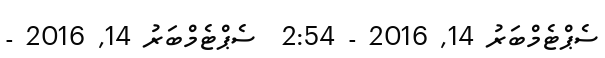
ސެޕްޓެމްބަރު 14